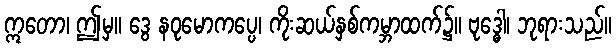
ဣတော၊ ဤမှ။ ဒွေ နဝုမောကပ္ပေ၊ ကိုးဆယ်နှစ်ကမ္ဘာထက်၌။ ဗုဒ္ဓေါ၊ ဘုရားသည်။